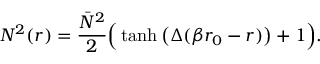
N ^ { 2 } ( r ) = \frac { \bar { N } ^ { 2 } } { 2 } \Big ( \operatorname { t a n h } \big ( \Delta ( \beta r _ { 0 } - r ) \big ) + 1 \Big ) .